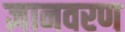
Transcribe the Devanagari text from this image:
ज्ञानवरण